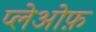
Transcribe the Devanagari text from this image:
प्लेओफ़